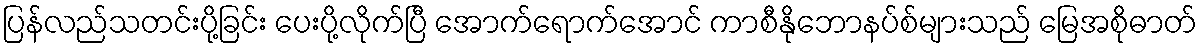
ပြန်လည်သတင်းပို့ခြင်း ပေးပို့လိုက်ပြီ အောက်ရောက်အောင် ကာစီနိုဘောနပ်စ်များသည် မြေအစိုဓာတ်